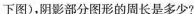
下图)，阴影部分图形的周长是多少？